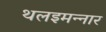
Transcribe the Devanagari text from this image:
थलइमन्‍नार